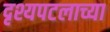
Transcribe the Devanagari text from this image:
दृश्यपटलाच्या